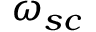
\omega _ { s c }